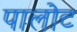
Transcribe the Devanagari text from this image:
पालोट